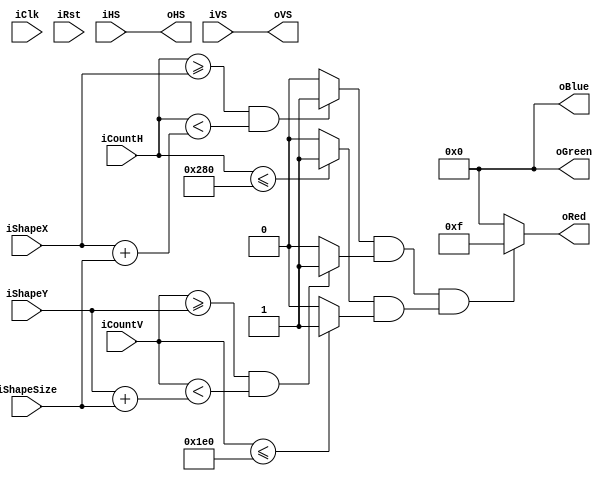
`timescale 1ns / 1ps
//////////////////////////////////////////////////////////////////////////////////
// Company: 
// Engineer: 
// 
// Design Name: 
// Module Name: VGA_pattern
// Project Name: 
// Target Devices: 
// Tool Versions: 
// Description: 
// 
// Dependencies: 
// 
// Revision:
// Revision 0.01 - File Created
// Additional Comments:
// 
//////////////////////////////////////////////////////////////////////////////////


module VGA_rectangle#(
    parameter WIDTH = 640,
    parameter H_FP = 16,
    parameter H_PW = 96,
    parameter H_BP = 48,
    
    parameter HEIGHT = 480,
    parameter V_FP = 10,
    parameter V_PW = 2,
    parameter V_BP = 33
    ) (
    input wire iClk, iRst,
    input wire [9:0] iCountH, iCountV,
    iShapeX, iShapeY, iShapeSize,
    input wire iHS, iVS,
    output wire oHS, oVS,
    output wire [3:0] oRed, oGreen, oBlue
    );
    wire [3:0] r_oRed, r_oGreen, r_oBlue;
    
    wire active;
    wire activeHorizontal;
    wire activeVertical;
    
    assign activeHorizontal = (iCountH <= WIDTH) ? 1:0;
    assign activeVertical = (iCountV <= HEIGHT) ? 1:0;
    assign active = activeHorizontal & activeVertical;
    
    assign inRectangleHorizontal = (iCountH >= iShapeX &
                                    iCountH < (iShapeX + iShapeSize))
                                    ? 1 : 0;
    assign inRectangleVertical = (iCountV >= iShapeY &
                                  iCountV < (iShapeY + iShapeSize))
                                  ? 1 : 0;
                                  
    assign inRectangle = inRectangleHorizontal & inRectangleVertical;
    
    assign r_oRed = (inRectangle & active) ? 4'b1111 : 4'b0000;
    assign r_oGreen = 4'b0000;
    assign r_oBlue = 4'b0000;
    
    assign oRed = r_oRed;
    assign oGreen = r_oGreen;
    assign oBlue = r_oBlue;
    assign oHS = iHS;
    assign oVS = iVS;
    
endmodule